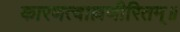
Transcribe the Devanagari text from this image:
कारणत्वाल्लणीरितम्॥